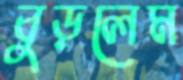
বুড়লেম